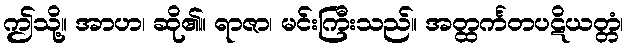
ဤသို့။ အာဟ၊ ဆို၏။ ရာဇာ၊ မင်းကြီးသည်။ အတ္ထင်္ကတပဋိယတ္တံ၊